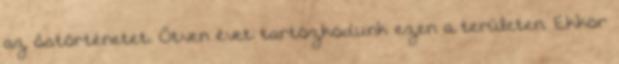
az őstörténetet. Ötven évet tartózkodunk ezen a területen. Ekkor